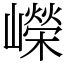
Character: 嶸